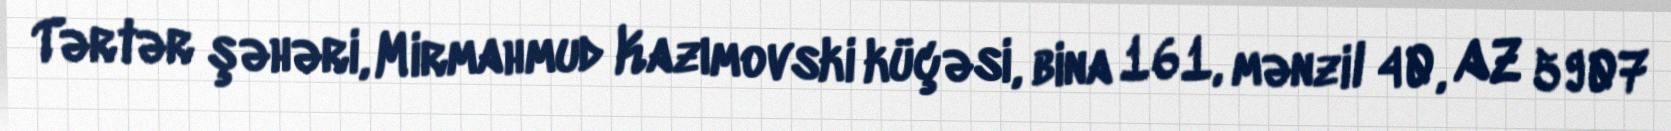
Tərtər şəhəri, Mirmahmud Kazımovski küçəsi, bina 161, mənzil 40, AZ 5907